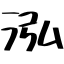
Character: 泓